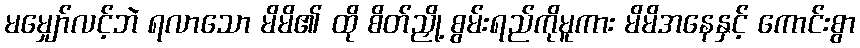
မမျှော်လင့်ဘဲ ရလာသော မိမိ၏ ထို စိတ်ညှို့ စွမ်းရည်ကိုမူကား မိမိအနေနှင့် ကောင်းစွာ